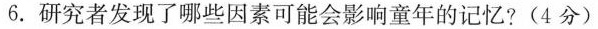
6.研究者发现了哪些因素可能会影响童年的记忆?( 4 分 )